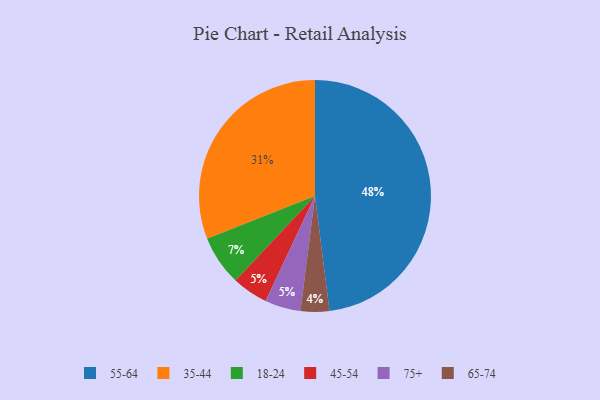
{"axis": {"x": "Category", "y": "Percentage"}, "legend": ["18-24", "35-44", "45-54", "55-64", "65-74", "75+"], "data": [{"x": "45-54", "y": 5, "type": "45-54"}, {"x": "18-24", "y": 7, "type": "18-24"}, {"x": "55-64", "y": 48, "type": "55-64"}, {"x": "35-44", "y": 31, "type": "35-44"}, {"x": "65-74", "y": 4, "type": "65-74"}, {"x": "75+", "y": 5, "type": "75+"}]}